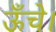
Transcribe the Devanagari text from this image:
ऊँचे।